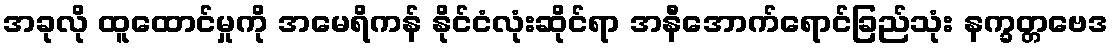
အခုလို ထူထောင်မှုကို အမေရိကန် နိုင်ငံလုံးဆိုင်ရာ အနီအောက်ရောင်ခြည်သုံး နက္ခတ္တဗေဒ